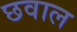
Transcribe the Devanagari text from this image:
छवाल